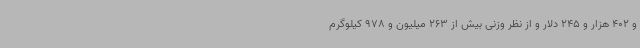
و 402 هزار و 245 دلار و از نظر وزنی بیش از 263 میلیون و 978 کیلوگرم